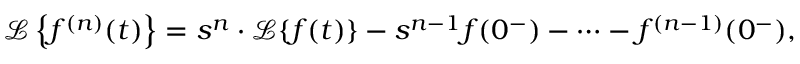
{ \mathcal { L } } \left\{ f ^ { ( n ) } ( t ) \right\} = s ^ { n } \cdot { \mathcal { L } } \{ f ( t ) \} - s ^ { n - 1 } f ( 0 ^ { - } ) - \cdots - f ^ { ( n - 1 ) } ( 0 ^ { - } ) ,